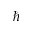
\hslash